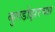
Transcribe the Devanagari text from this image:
बुलडोझरच्या